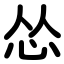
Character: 怂